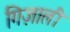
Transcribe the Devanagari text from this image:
गिज़ाली